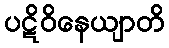
ပဋိဝိနေယျာတိ